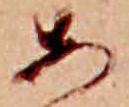
あ